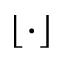
\lfloor \cdot \rfloor